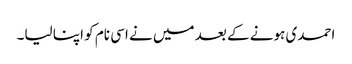
احمدی ہونے کے بعد میں نے اسی نام کو اپنا لیا۔